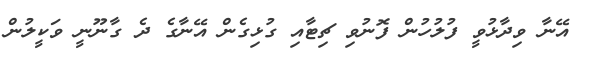
އޭނާ ވިދާޅުވީ ފުލުހުން ފޮނުވި ޗިޓާއި ގުޅިގެން އޭނާގެ ދެ ގާނޫނީ ވަކީލުން